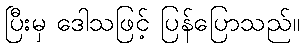
ပြီးမှ ဒေါသဖြင့် ပြန်ပြောသည်။